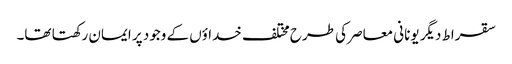
سقراط دیگر یونانی معاصر کی طرح مختلف خداؤں کے وجود پر ایمان رکھتا تھا۔